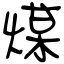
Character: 煤